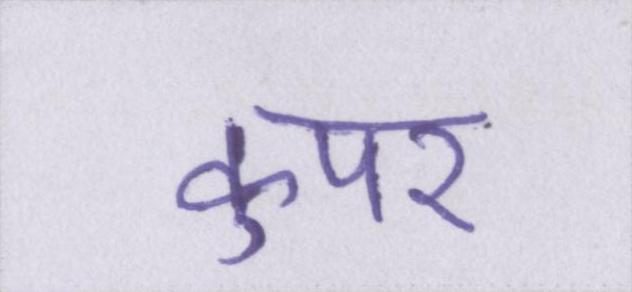
कुपर